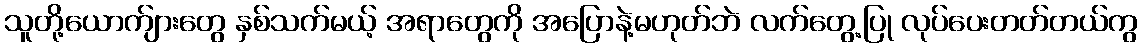
သူတို့ယောက်ျားတွေ နှစ်သက်မယ့် အရာတွေကို အပြောနဲ့မဟုတ်ဘဲ လက်တွေ့ပြု လုပ်ပေးတတ်တယ်ကွ